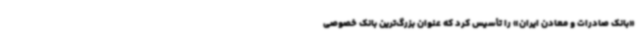
«بانک صادرات و معادن ایران» را تأسیس کرد که عنوان بزرگ‌ترین بانک خصوصی